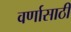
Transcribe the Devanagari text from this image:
वर्णासाठी